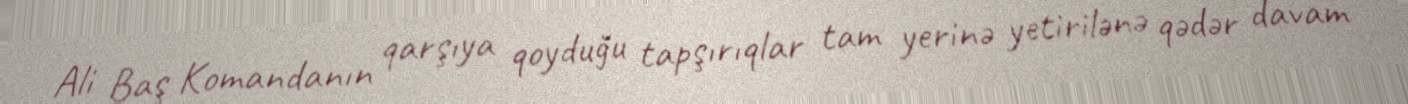
Ali Baş Komandanın qarşıya qoyduğu tapşırıqlar tam yerinə yetirilənə qədər davam